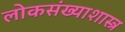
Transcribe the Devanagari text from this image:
लोकसंख्याशास्त्र